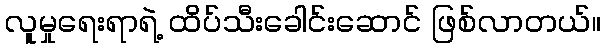
လူမှုရေးရာရဲ့ ထိပ်သီးခေါင်းဆောင် ဖြစ်လာတယ်။